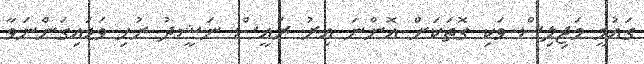
ގައުމީ މަޖިލިސް ވަކި ގޮތަކަށް އޮންނަ އިރު ރައީސް ނަޝީދު ރުހި ވަޑައިގަންނަވާ